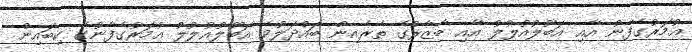
ޢުމަރުގެފާނު އާއި އަބޫލުއުލުލު އާއި ބާޒާރުގެ ތެރެއިން ބައްދަލުވެ އަބޫލުއުލުލު ޢުމަރުގެފާނުގެ ކިބައިން